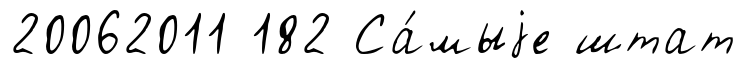
20062011 182 Са́мыjе штат